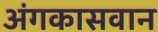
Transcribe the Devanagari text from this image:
अंगकासवान